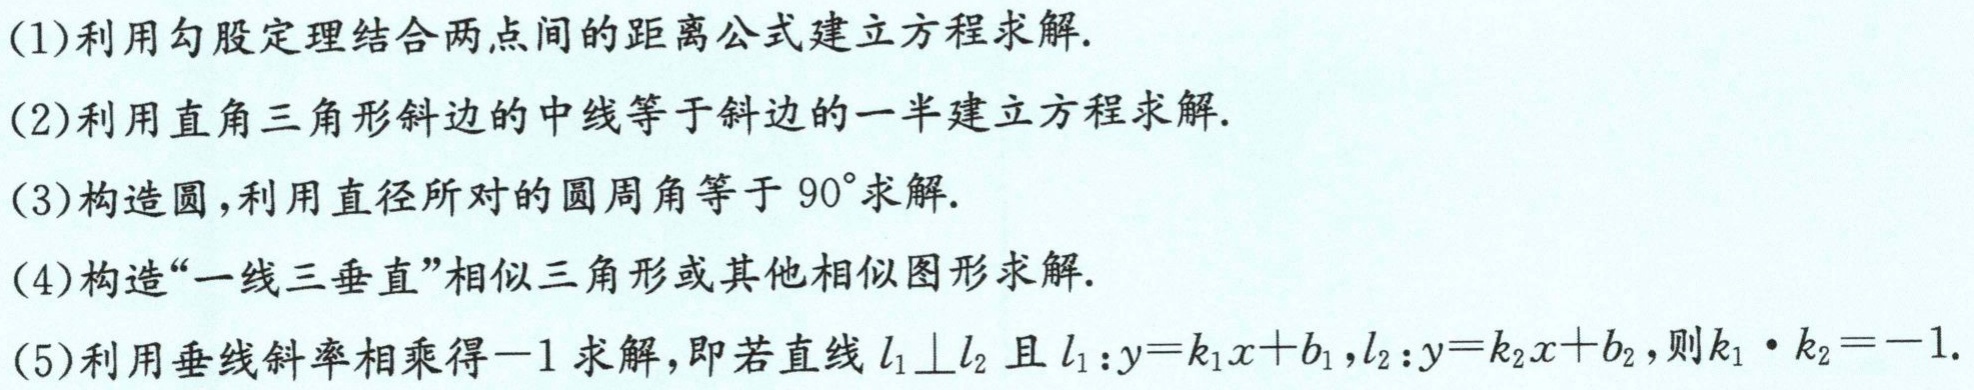
(1)利用勾股定理结合两点间的距离公式建立方程求解.
(2)利用直角三角形斜边的中线等于斜边的一半建立方程求解.
(3)构造圆,利用直径所对的圆周角等于 \(90^{\circ}\)求解.
(4)构造“一线三垂直”相似三角形或其他相似图形求解.
(5)利用垂线斜率相乘得\(-1\)求解,即若直线\(l_{1}\perp l_{2}\)且\(l_{1}:y = k_{1}x + b_{1},l_{2}:y = k_{2}x + b_{2}\),则\(k_{1}\cdot k_{2}=-1\).